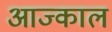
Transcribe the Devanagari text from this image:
आज्काल